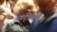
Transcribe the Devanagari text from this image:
अकृत्रिममता